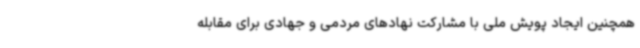
همچنین ایجاد پویش ملی با مشارکت نهادهای مردمی و جهادی برای مقابله